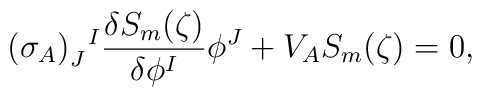
(\sigma_A)_J^{~~\!I} \frac{\delta S_m(\zeta)}{\delta \phi^I} \phi^J +V_A S_m(\zeta) = 0,